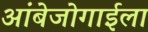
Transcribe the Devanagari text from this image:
आंबेजोगाईला